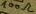
Text: 100Ω